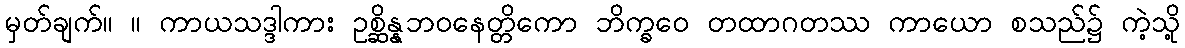
မှတ်ချက်။ ။ ကာယသဒ္ဒါကား ဥစ္ဆိန္နဘဝနေတ္တိကော ဘိက္ခဝေ တထာဂတဿ ကာယော စသည်၌ ကဲ့သို့